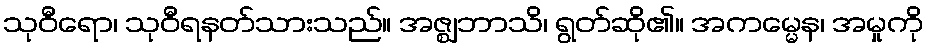
သုဝီရော၊ သုဝီရနတ်သားသည်။ အဇ္ဈဘာသိ၊ ရွတ်ဆို၏။ အကမ္မေန၊ အမှုကို